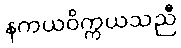
နကယဝိက္ကယသညီ